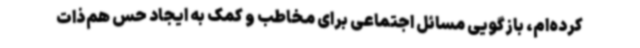
کرده‌ام، بازگویی مسائل اجتماعی برای مخاطب و کمک به ایجاد حس هم‌ذات